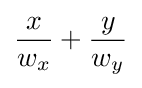
{{x \over w_{x}}+{y \over w_{y}}}